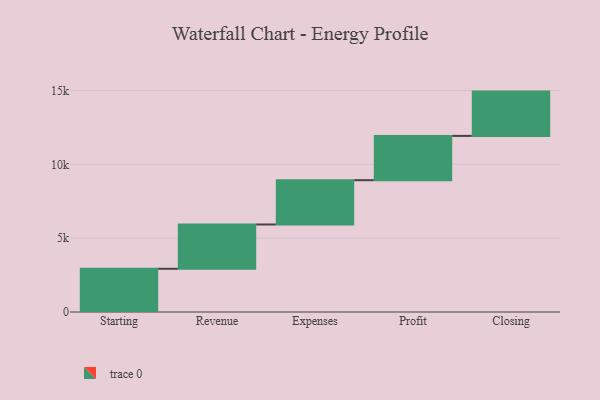
{"axis": {"x": "Step", "y": "Value"}, "legend": [""], "data": [{"x": "Starting", "y": 2927.0, "type": ""}, {"x": "Revenue", "y": 3000, "type": ""}, {"x": "Expenses", "y": 3000, "type": ""}, {"x": "Profit", "y": 3000, "type": ""}, {"x": "Closing", "y": 3000, "type": ""}]}